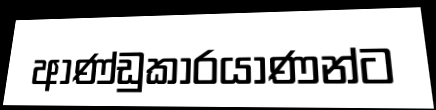
ආණ්ඩුකාරයාණන්ට